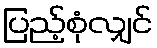
ပြည့်စုံလျှင်